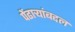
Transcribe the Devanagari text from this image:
पेंढाऱ्यांबद्दल